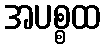
အပစ္စထ